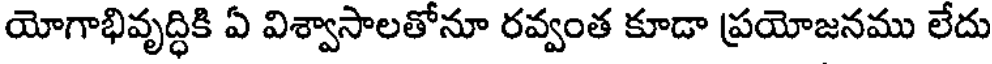
యోగాభివృద్ధికి ఏ విశ్వాసాలతోనూ రవ్వంత కూడా ప్రయోజనము లేదు